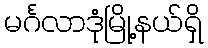
မင်္ဂလာဒုံမြို့နယ်ရှိ